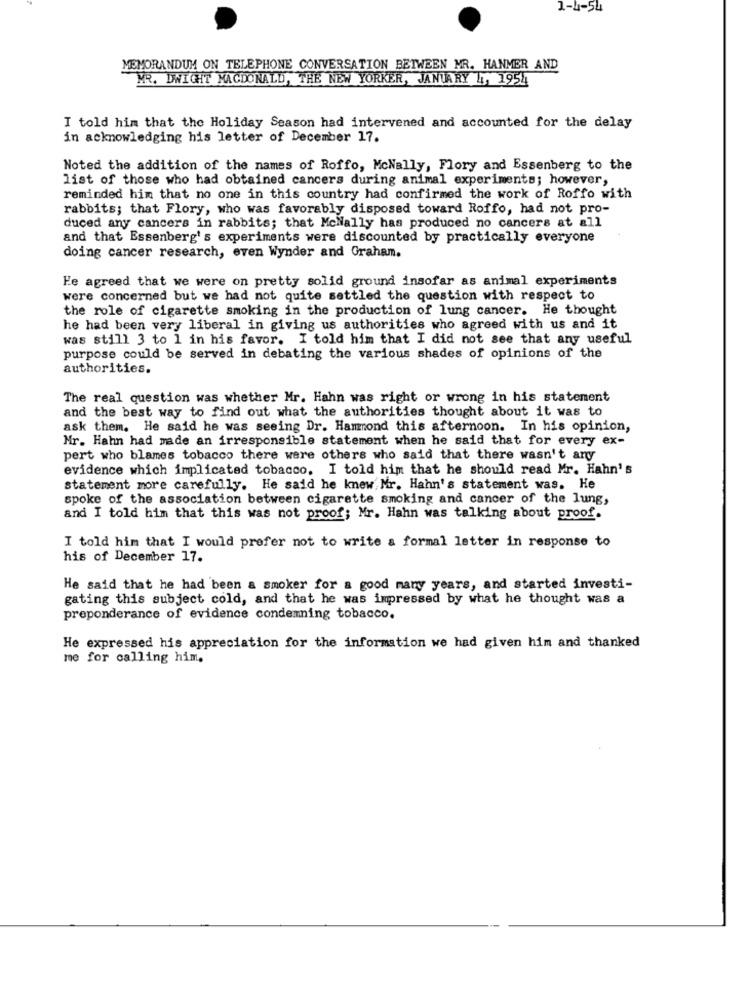
1-4-54
MEMORANDUM ON TELEPHONE CONVERSATION BETWEEN MR. HANMER AND
MR. DWIGHT MACDONALD, THE NEW YORKER, JANUARY LI, 1954
I told him that the Holiday Season had intervened and accounted for the delay
in acknowledging his letter of December 17.
Noted the addition of the names of Roffo, McNally, Flory and Essenberg to the
list of those who had obtained cancers during animal experiments; however,
reminded him that no one in this country had confirmed the work of Roffo with
rabbits; that Flory, who was favorably disposed toward Roffo, had not pro-
duced any cancers in rabbits; that McNally has produced no cancers at all
and that Essenberg's experiments were discounted by practically everyone
doing cancer research, even Wynder and Graham.
He agreed that we were on pretty solid ground insofar as animal experiments
were concerned but we had not quite settled the question with respect to
the role of cigarette smoking in the production of lung cancer. He thought
he had been very liberal in giving us authorities who agreed with us and it
was still 3 to 1 in his favor. I told him that I did not see that any useful
purpose could be served in debating the various shades of opinions of the
authorities.
The real question was whether Mr. Hahn was right or wrong in his statement
and the best way to find out what the authorities thought about it was to
ask them. He said he was seeing Dr. Hammond this afternoon. In his opinion,
Mr. Hahn had made an irresponsible statement when he said that for every ex-
pert who blames tobacco there were others who said that there wasn't any
evidence which implicated tobacco. I told him that he should read Mr. Hahn's
statement more carefully. He said he knew, Mr. Hahn's statement was. He
spoke of the association between cigarette smoking and cancer of the lung,
and I told him that this was not proof; Mr. Hahn was talking about proof.
I told him that I would prefer not to write a formal letter in response to
his of December 17.
He said that he had been a smoker for a good many years, and started investi-
gating this subject cold, and that he was impressed by what he thought was a
preponderance of evidence condemning tobacco.
He expressed his appreciation for the information we had given him and thanked
me for calling him.